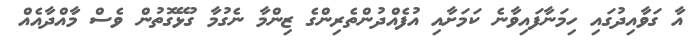
އާ ގަވާއިދުގައި ހިމަނާފައިވާނެ ކަމަށާއި އުފެއްދުންތެރިންގެ ޒިންމާ ނެގުމާ ގުޅޭގޮތުން ވެސް މާއްދާއެއް